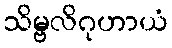
သိမ္ဗလိဂုဟာယံ